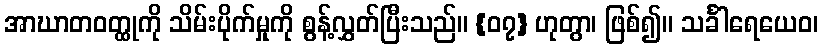
အာဃာတဝတ္ထုကို သိမ်းပိုက်မှုကို စွန့်လွှတ်ပြီးသည်။ {၀၇} ဟုတွာ၊ ဖြစ်၍။ သင်္ခါရေယေဝ၊